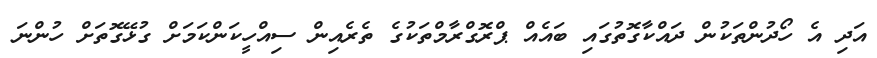
އަދި އެ ހޯދުންތަކުން ދައްކާގޮތުގައި ބައެއް ޕްރޮގްރާމްތަކުގެ ތެރެއިން ސިއްހީކަންކަމަށް ގުޅޭގޮތަށް ހުންނަ